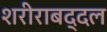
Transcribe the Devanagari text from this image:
शरीराबद्दल